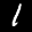
Label: 1